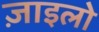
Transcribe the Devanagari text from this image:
ज़ाइलो